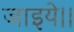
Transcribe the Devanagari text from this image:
जाइये।।